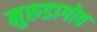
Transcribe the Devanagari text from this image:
मुरुडागोप